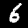
Digit: 6